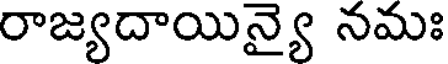
రాజ్యదాయిన్యై నమః